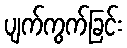
ပျက်ကွက်ခြင်း